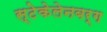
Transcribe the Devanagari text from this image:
स्टेकेलेनबर्ग